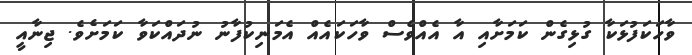
ވާހަކަފުޅަކާ ގުޅިގެން ކަމަށާއި އާ އެއްވެސް ވާހަކައެއް އެމަނިކުފާނު ނުދައްކަވާ ކަމަށެވެ. ޖިނާއީ